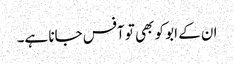
ان کے ابو کو بھی تو آفس جانا ہے۔